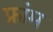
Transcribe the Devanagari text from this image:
फ्रांम